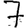
Digit: 7